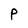
Character: P